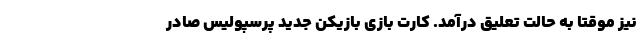
نیز موقتا به حالت تعلیق درآمد. کارت بازی بازیکن جدید پرسپولیس صادر